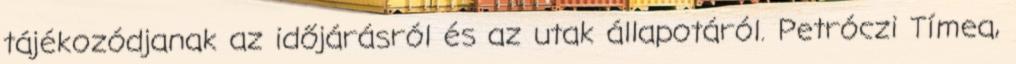
tájékozódjanak az időjárásról és az utak állapotáról. Petróczi Tímea,